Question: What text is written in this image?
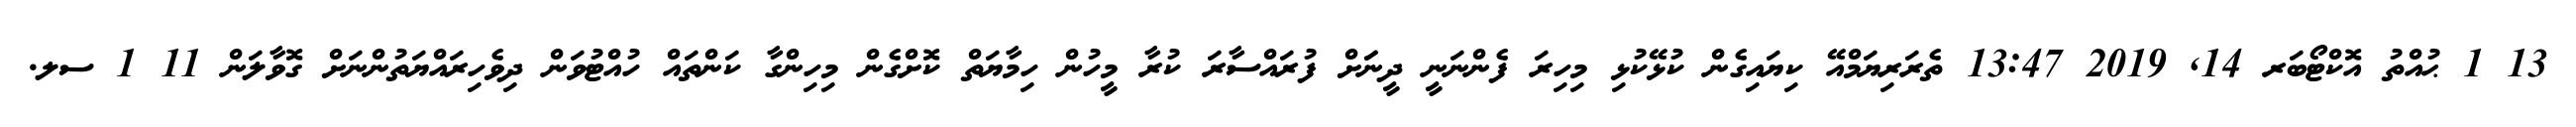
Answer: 13 1 ޙުއްތު އޮކްޓޯބަރ 14, 2019 13:47 ތެރަރިޔަމްއޭ ކިޔައިގެން ކުޅޭކުޅި މިހިރަ ފެންނަނީ ދީނަަށް ފުރައްސާރަ ކުރާ މީހުން ހިމާޔަތް ކޮށްގެން މިހިންގާ ކަންތައް ހުއްޓުވަން ދިވެހިރައްޔަތުންނަށް ގޮވާލަން 11 1 ސލ.